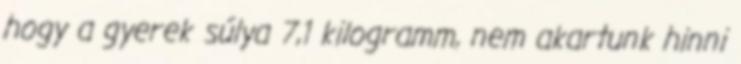
hogy a gyerek súlya 7,1 kilogramm, nem akartunk hinni